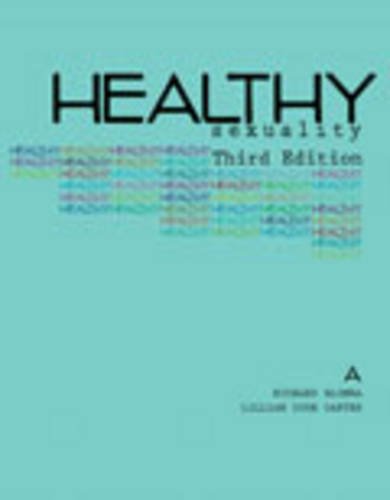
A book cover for Healthy Sexuality; CARTER  LILLIAN; Teen & Young Adult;